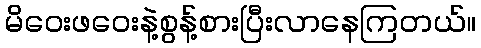
မိဝေးဖဝေးနဲ့စွန့်စားပြီးလာနေကြတယ်။